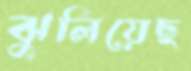
ঝুলিয়েছ